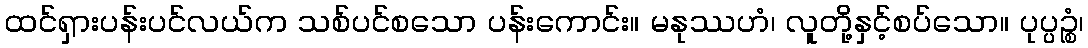
ထင်ရှားပန်းပင်လယ်က သစ်ပင်စသော ပန်းကောင်း။ မနုဿဟံ၊ လူတို့နှင့်စပ်သော။ ပုပ္ပဉ္စံ၊